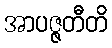
အာပဇ္ဇတီတိ